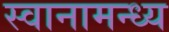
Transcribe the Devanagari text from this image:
स्वानामन्ध्य